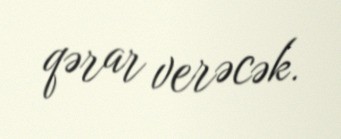
qərar verəcək.